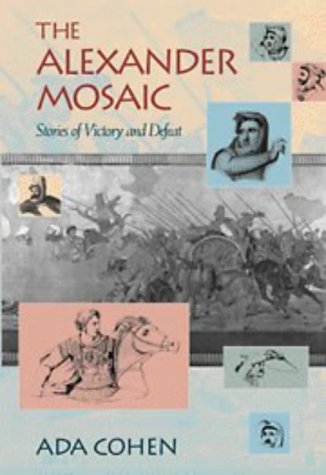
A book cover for The Alexander Mosaic: Stories of Victory and Defeat (Cambridge Studies in Classical Art and Iconography); Ada Cohen; Crafts, Hobbies & Home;